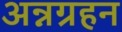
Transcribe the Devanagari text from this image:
अन्नग्रहन